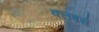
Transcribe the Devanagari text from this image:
क्लबर्स